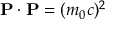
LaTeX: \mathbf { P } \cdot \mathbf { P } = ( m _ { 0 } c ) ^ { 2 }